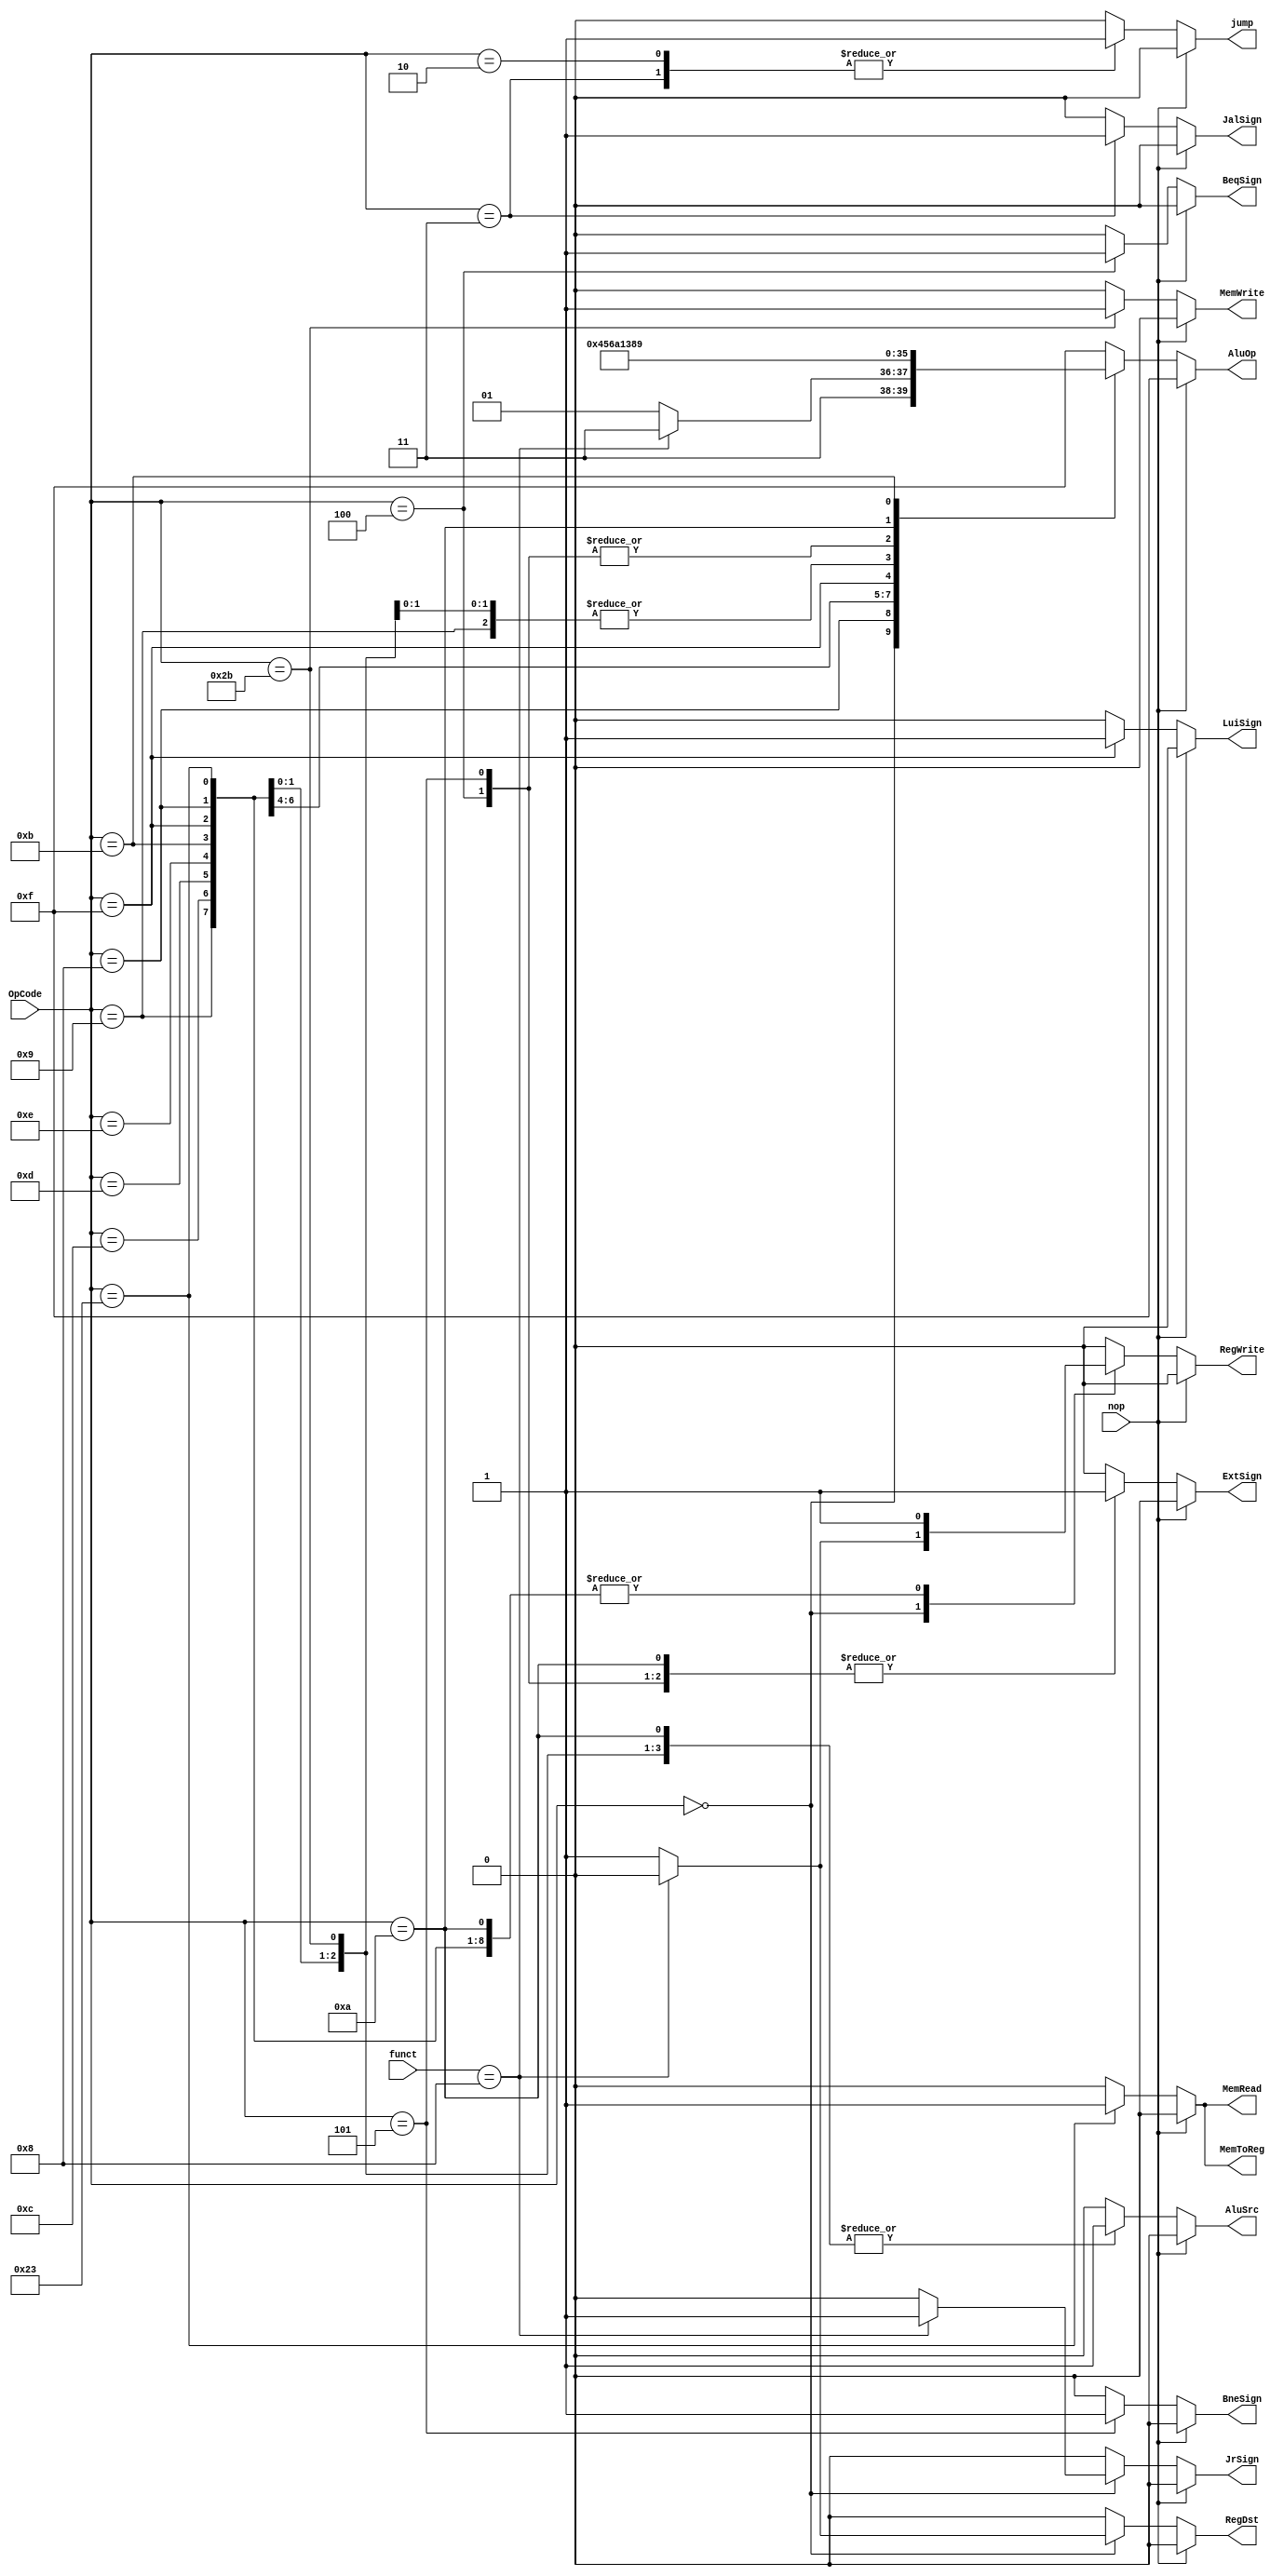
`timescale 1ns / 1ps
//////////////////////////////////////////////////////////////////////////////////
// Company: 
// Engineer: 
// 
// Design Name: 
// Module Name: Ctr
// Project Name: 
// Target Devices: 
// Tool Versions: 
// Description: 
// 
// Dependencies: 
// 
// Revision:
// Revision 0.01 - File Created
// Additional Comments:
// 
//////////////////////////////////////////////////////////////////////////////////


module Ctr(
    input [5 : 0] OpCode,
    input [5 : 0] funct,
    input nop,
    output reg RegDst,
    output reg AluSrc,
    output reg RegWrite,
    output reg MemToReg,
    output reg MemRead,
    output reg MemWrite,
    output reg BeqSign,
    output reg BneSign,
    output reg LuiSign,
    output reg ExtSign,
    output reg JalSign,
    output reg JrSign,
    output reg [3 : 0] AluOp,
    output reg jump
    );
    
    always @(OpCode or funct or nop)
    begin
        if (nop) begin
            RegDst = 0;
            AluSrc = 0;
            RegWrite = 0;
            MemToReg = 0;
            MemRead = 0;
            MemWrite = 0;
            BeqSign = 0;
            BneSign = 0;
            LuiSign = 0;
            ExtSign = 0;
            JalSign = 0;
            JrSign = 0;
            AluOp = 4'b1111;
            jump = 0;
        end else begin
            case(OpCode)
                6'b000000:      // R Type
                begin
                    if (funct == 6'b001000) begin    // jr
                        RegDst = 0;
                        RegWrite = 0;
                        JrSign = 1;
                        AluOp = 4'b1111;
                    end else begin
                        RegDst = 1;
                        RegWrite = 1;
                        JrSign = 0;
                        AluOp = 4'b1101;
                    end
                    AluSrc = 0;
                    MemToReg = 0;
                    MemRead = 0;
                    MemWrite = 0;
                    BeqSign = 0;
                    BneSign = 0;
                    LuiSign = 0;
                    ExtSign = 0;
                    JalSign = 0;
                    jump = 0;
                end
                6'b001000:      // addi
                begin
                    RegDst = 0;
                    AluSrc = 1;
                    RegWrite = 1;
                    MemToReg = 0;
                    MemRead = 0;
                    MemWrite = 0;
                    BeqSign = 0;
                    BneSign = 0;
                    LuiSign = 0;
                    ExtSign = 1;
                    JalSign = 0;
                    JrSign = 0;
                    AluOp = 4'b0000;
                    jump = 0;
                end
                6'b001001:      // addiu
                begin                
                    RegDst = 0;
                    AluSrc = 1;
                    RegWrite = 1;
                    MemToReg = 0;
                    MemRead = 0;
                    MemWrite = 0;
                    BeqSign = 0;
                    BneSign = 0;
                    LuiSign = 0;
                    ExtSign = 0;
                    JalSign = 0;
                    JrSign = 0;
                    AluOp = 4'b0001;
                    jump = 0;
                end
                6'b001100:      // andi
                begin                
                    RegDst = 0;
                    AluSrc = 1;
                    RegWrite = 1;
                    MemToReg = 0;
                    MemRead = 0;
                    MemWrite = 0;
                    BeqSign = 0;
                    BneSign = 0;
                    LuiSign = 0;
                    ExtSign = 0;
                    JalSign = 0;
                    JrSign = 0;
                    AluOp = 4'b0100;
                    jump = 0;
                end
                6'b001101:      // ori
                begin                
                    RegDst = 0;
                    AluSrc = 1;
                    RegWrite = 1;
                    MemToReg = 0;
                    MemRead = 0;
                    MemWrite = 0;
                    BeqSign = 0;
                    BneSign = 0;
                    LuiSign = 0;
                    ExtSign = 0;
                    JalSign = 0;
                    JrSign = 0;
                    AluOp = 4'b0101;
                    jump = 0;
                end
                6'b001110:      // xori
                begin                
                    RegDst = 0;
                    AluSrc = 1;
                    RegWrite = 1;
                    MemToReg = 0;
                    MemRead = 0;
                    MemWrite = 0;
                    BeqSign = 0;
                    BneSign = 0;
                    LuiSign = 0;
                    ExtSign = 0;
                    JalSign = 0;
                    JrSign = 0;
                    AluOp = 4'b0110;
                    jump = 0;
                end
                6'b001111:      // lui
                begin                
                    RegDst = 0;
                    AluSrc = 1;
                    RegWrite = 1;
                    MemToReg = 0;
                    MemRead = 0;
                    MemWrite = 0;
                    BeqSign = 0;
                    BneSign = 0;
                    LuiSign = 1;
                    ExtSign = 0;
                    JalSign = 0;
                    JrSign = 0;
                    AluOp = 4'b1010;
                    jump = 0;
                end
                6'b100011:      // lw
                begin                
                    RegDst = 0;
                    AluSrc = 1;
                    RegWrite = 1;
                    MemToReg = 1;
                    MemRead = 1;
                    MemWrite = 0;
                    BeqSign = 0;
                    BneSign = 0;
                    LuiSign = 0;
                    ExtSign = 1;
                    JalSign = 0;
                    JrSign = 0;
                    AluOp = 4'b0001;
                    jump = 0;
                end
                6'b101011:      // sw
                begin                
                    RegDst = 0;
                    AluSrc = 1;
                    RegWrite = 0;
                    MemToReg = 0;
                    MemRead = 0;
                    MemWrite = 1;
                    BeqSign = 0;
                    BneSign = 0;
                    LuiSign = 0;
                    ExtSign = 1;
                    JalSign = 0;
                    JrSign = 0;
                    AluOp = 4'b0001;
                    jump = 0;
                end
                6'b000100:      // beq
                begin                
                    RegDst = 0;
                    AluSrc = 0;
                    RegWrite = 0;
                    MemToReg = 0;
                    MemRead = 0;
                    MemWrite = 0;
                    BeqSign = 1;
                    BneSign = 0;
                    LuiSign = 0;
                    ExtSign = 1;
                    JalSign = 0;
                    JrSign = 0;
                    AluOp = 4'b0011;
                    jump = 0;
                end
                6'b000101:      // bne
                begin                
                    RegDst = 0;
                    AluSrc = 0;
                    RegWrite = 0;
                    MemToReg = 0;
                    MemRead = 0;
                    MemWrite = 0;
                    BeqSign = 0;
                    BneSign = 1;
                    LuiSign = 0;
                    ExtSign = 1;
                    JalSign = 0;
                    JrSign = 0;
                    AluOp = 4'b0011;
                    jump = 0;
                end
                6'b001010:      // slti
                begin                
                    RegDst = 0;
                    AluSrc = 1;
                    RegWrite = 1;
                    MemToReg = 0;
                    MemRead = 0;
                    MemWrite = 0;
                    BeqSign = 0;
                    BneSign = 0;
                    LuiSign = 0;
                    ExtSign = 1;
                    JalSign = 0;
                    JrSign = 0;
                    AluOp = 4'b1000;
                    jump = 0;
                end
                6'b001011:      // sltiu
                begin                
                    RegDst = 0;
                    AluSrc = 1;
                    RegWrite = 1;
                    MemToReg = 0;
                    MemRead = 0;
                    MemWrite = 0;
                    BeqSign = 0;
                    BneSign = 0;
                    LuiSign = 0;
                    ExtSign = 0;
                    JalSign = 0;
                    JrSign = 0;
                    AluOp = 4'b1001;
                    jump = 0;
                end
                6'b000010:      // jump
                begin                
                    RegDst = 0;
                    AluSrc = 0;
                    RegWrite = 0;
                    MemToReg = 0;
                    MemRead = 0;
                    MemWrite = 0;
                    BeqSign = 0;
                    BneSign = 0;
                    LuiSign = 0;
                    ExtSign = 0;
                    JalSign = 0;
                    JrSign = 0;
                    AluOp = 4'b1111;
                    jump = 1;
                end
                6'b000011:      // jal
                begin                
                    RegDst = 0;
                    AluSrc = 0;
                    RegWrite = 0;
                    MemToReg = 0;
                    MemRead = 0;
                    MemWrite = 0;
                    BeqSign = 0;
                    BneSign = 0;
                    LuiSign = 0;
                    ExtSign = 0;
                    JalSign = 1;
                    JrSign = 0;
                    AluOp = 4'b1111;
                    jump = 1;
                end
                default:
                begin                
                    RegDst = 0;
                    AluSrc = 0;
                    RegWrite = 0;
                    MemToReg = 0;
                    MemRead = 0;
                    MemWrite = 0;
                    BeqSign = 0;
                    BneSign = 0;
                    LuiSign = 0;
                    ExtSign = 0;
                    JalSign = 0;
                    JrSign = 0;
                    AluOp = 4'b1111;
                    jump = 0;
                end
            endcase
        end
    end
endmodule